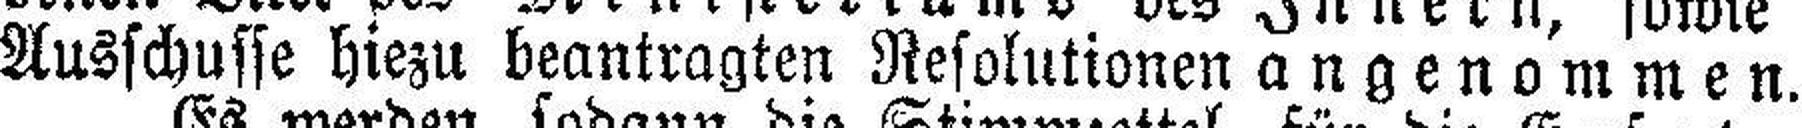
Ausschusse hiezu beantragten Resolutionen angenommen.